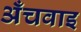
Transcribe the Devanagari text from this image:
अँचवाइ